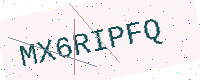
Text: MX6RIPFQ